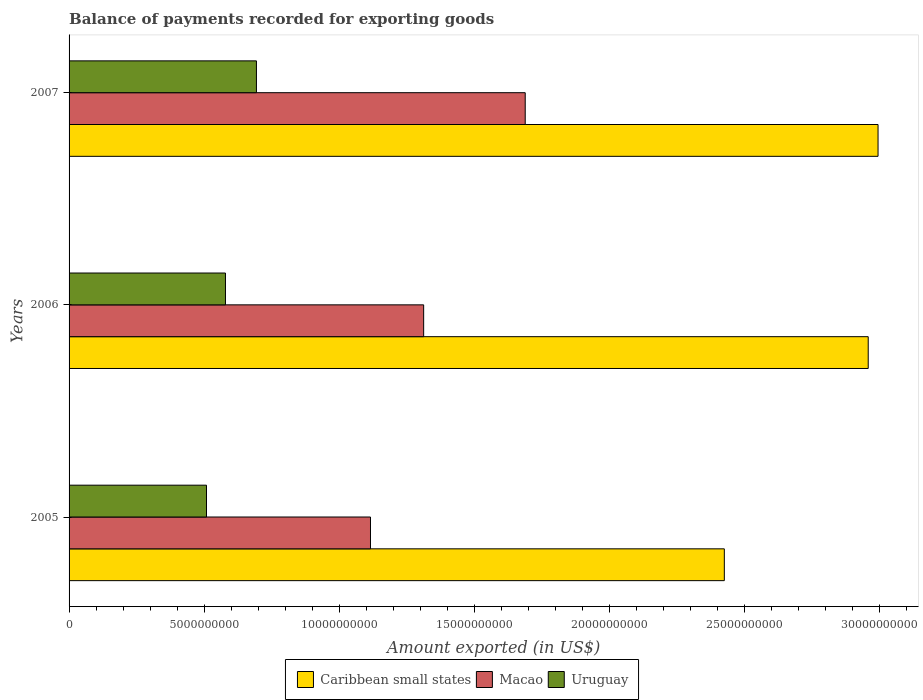
| Years | Caribbean small states | Macao | Uruguay |
 | --- | --- | --- | --- |
 | 2005 | 2.42e+10 | 1.12e+10 | 5.09e+09 |
 | 2006 | 2.96e+10 | 1.31e+10 | 5.79e+09 |
 | 2007 | 2.99e+10 | 1.69e+10 | 6.93e+09 |